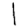
Digit: 1